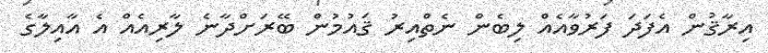
އިރާޤުން އެފަދަ ފަރުވާއެއް ލިބެން ނެތްއިރު ޤައުމުން ބޭރަށްދާނެ ލާރިއެއް އެ އާއިލާގެ